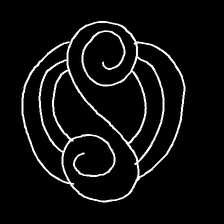
Glyph: wind-underfoot